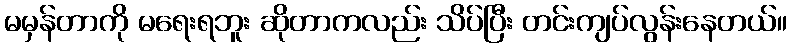
မမှန်တာကို မရေးရဘူး ဆိုတာကလည်း သိပ်ပြီး တင်းကျပ်လွန်းနေတယ်။